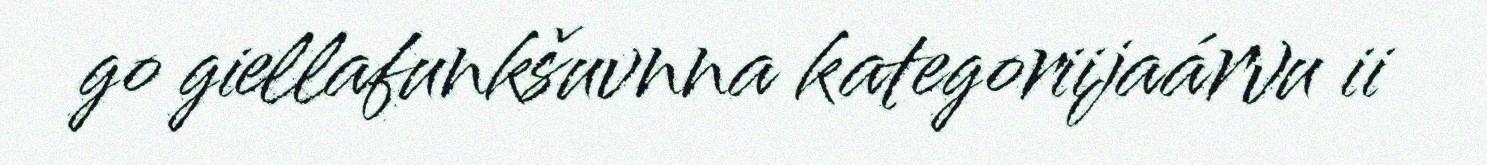
go giellafunkšuvnna kategoriijaárvu ii